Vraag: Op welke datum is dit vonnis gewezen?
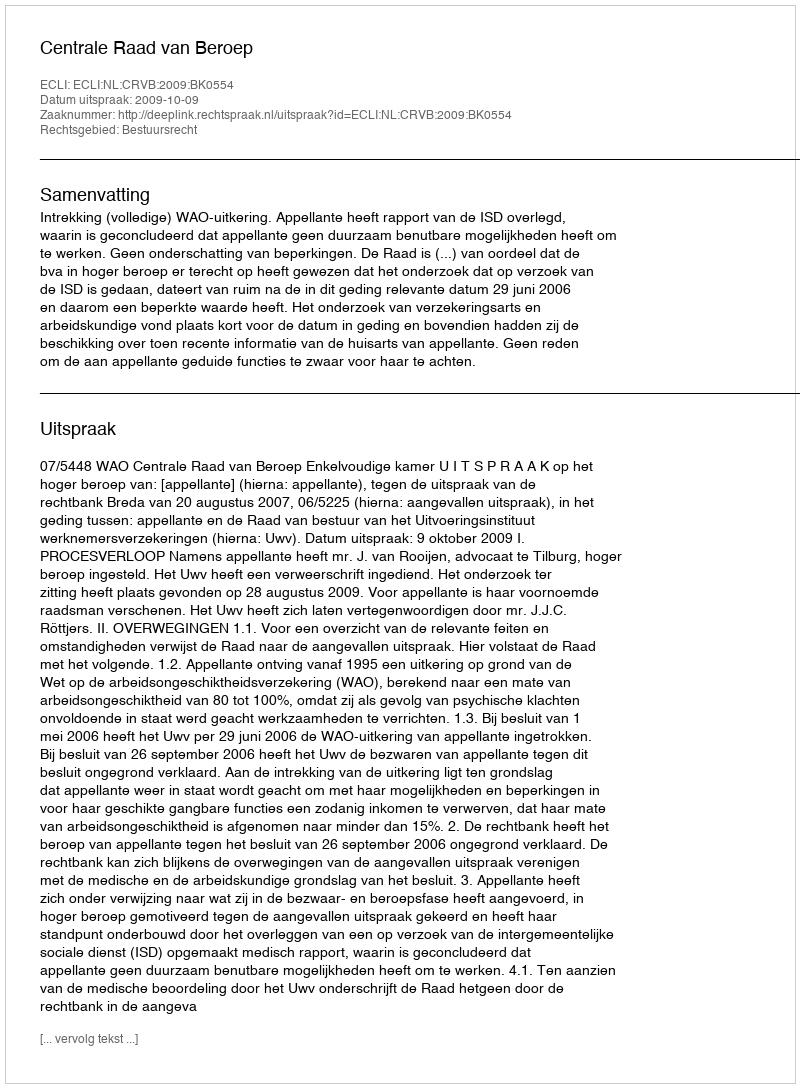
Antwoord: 2009-10-09